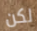
لكن